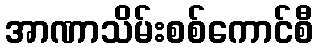
အာဏာသိမ်းစစ်ကောင်စီ